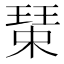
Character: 𱯐